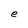
Character: e